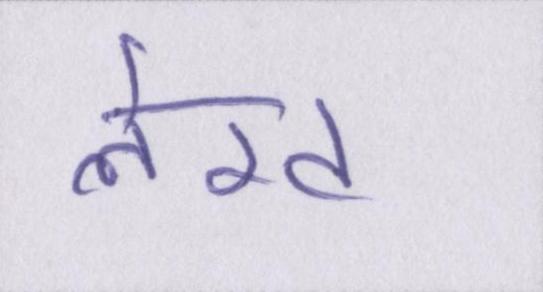
लेख